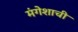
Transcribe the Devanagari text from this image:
मंगेशाची